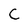
Character: C